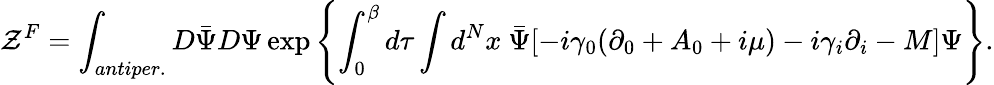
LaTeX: {\cal Z}^{F}=\int_{antiper.}D\bar{\Psi}D\Psi\exp\left\{ \int_{0}^{\beta}d\tau\int d^{N}x\ \bar{\Psi}[-i\gamma_{0}(\partial_{0}+A_{0}+i\mu)-i\gamma_{i}\partial_{i}-M]\Psi\right\} .